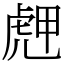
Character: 䖖